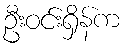
ဦးဝင်းရှိန်က